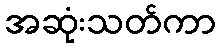
အဆုံးသတ်ကာ